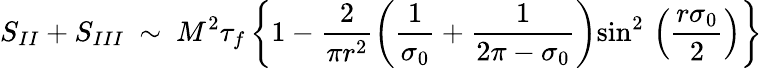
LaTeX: S_{II}+S_{III}~\sim~M^{2}\tau_{f}\left\{ 1-\frac{2}{\pi r^{2}}\left(\frac{1}{\sigma_{0}}+\frac{1}{2\pi-\sigma_{0}}\right){\sin}^{2}\, \left(\frac{r\sigma_{0}}{2}\right)\right\}